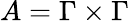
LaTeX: A=\Gamma\times\Gamma